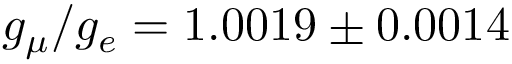
g _ { \mu } / g _ { e } = 1 . 0 0 1 9 \pm 0 . 0 0 1 4